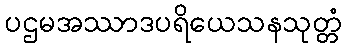
ပဌမအဿာဒပရိယေသနသုတ္တံ